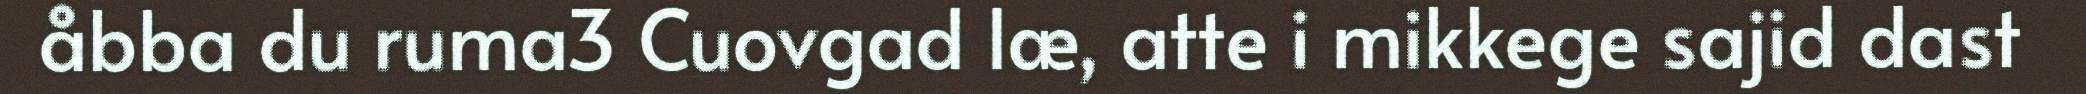
åbba du ruma3 Cuovgad læ, atte i mikkege sajid dast